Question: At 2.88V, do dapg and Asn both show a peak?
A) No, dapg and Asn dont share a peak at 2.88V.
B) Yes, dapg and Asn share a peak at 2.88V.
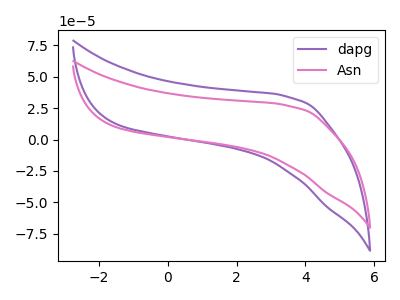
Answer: <think>The purple curve "dapg" has no peaks. The pink curve "Asn" has no peaks.</think>
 <answer>A) No, "dapg" and "Asn" dont share a peak at 2.88V.</answer>
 <eval>A</eval>